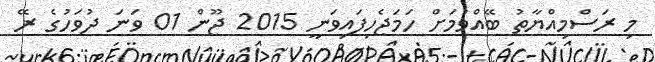
މި ރަސްމިއްޔާތު ބޭއްވުމަށް ހަމަޖެހިފައިވަނީ 2015 ޖޫން 01 ވަނަ ދުވަހުގެ ރޭ